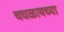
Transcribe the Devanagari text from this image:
चघळायच्या